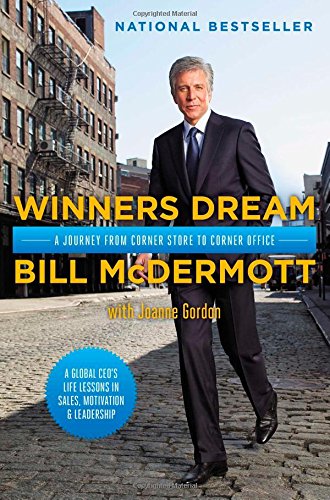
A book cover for Winners Dream: A Journey from Corner Store to Corner Office; Bill McDermott; Computers & Technology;